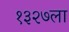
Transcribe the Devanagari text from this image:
१३२७ला